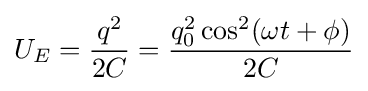
U_{E}={q^{2} \over 2C}={q_{0}^{2}\cos ^{2}(\omega t+\phi ) \over 2C}\,\!